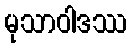
မုသာဝါဒဿ